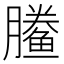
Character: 䲢